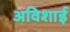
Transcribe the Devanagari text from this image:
अविशाई